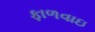
ફાળવાઇ